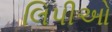
લિપીઓ